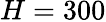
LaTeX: H=300